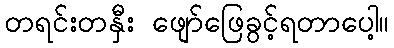
တရင်းတနှီး ဖျော်ဖြေခွင့်ရတာပေါ့။